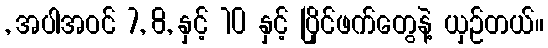
, အပါအဝင် 7, 8, နှင့် 10 နှင့် ပြိုင်ဖက်တွေနဲ့ ယှဉ်တယ်။